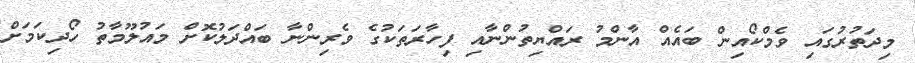
މިދަތުރުގައި ވެމްކޯއިން ބައެއް އާންމު ރައްޔިތުންނާއި ފިހާރަތަކުގެ ވެރިންނާ ބައްދަލުކޮށް މައުލޫމާތު ހޯދިކަމަށް